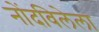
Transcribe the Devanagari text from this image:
नोंदविलेला